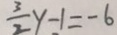
\frac { 3 } { 2 } y - 1 = - 6